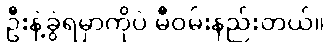
ဦးနဲ့ခွဲရမှာကိုပဲ မီဝမ်းနည်းတယ်။